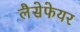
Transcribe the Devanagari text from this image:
लैसेफेयर